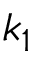
k _ { 1 }